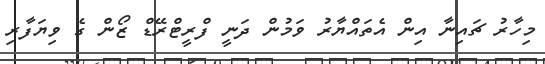
މިހާރު ޗައިނާ އިން އެތައްޔާރު ވަމުން ދަނީ ފްރީޓްރޭޑް ޒޯން ގެ ވިޔަފާރި